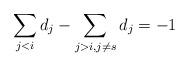
LaTeX: \begin{align*}\sum_{j<i} d_j-\sum_{j>i, j\neq s} d_j=-1\end{align*}